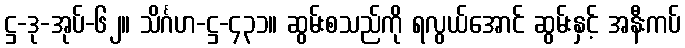
ဋ္ဌ-ဒု-အုပ်-၆၂။ သိင်္ဂဟ-ဋ္ဌ-၄၃၁။ ဆွမ်းစသည်ကို ရလွယ်အောင် ဆွမ်းနှင့် အနီးကပ်